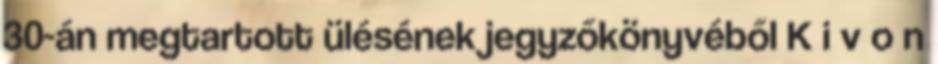
30-án megtartott ülésének jegyzőkönyvéből K i v o n